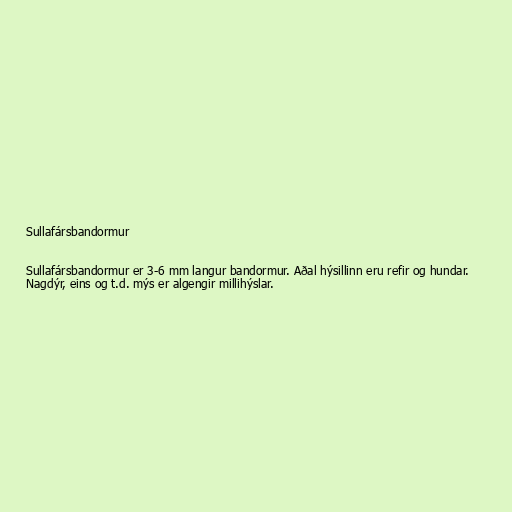
Sullafársbandormur

Sullafársbandormur er 3-6 mm langur bandormur. Aðal hýsillinn eru refir og hundar.
Nagdýr, eins og t.d. mýs er algengir millihýslar.